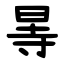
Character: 㫭